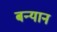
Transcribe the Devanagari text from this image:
बन्यान